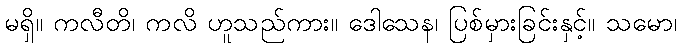
မရှိ။ ကလီတိ၊ ကလိ ဟူသည်ကား။ ဒေါသေန၊ ပြစ်မှားခြင်းနှင့်။ သမော၊